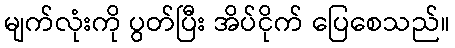
မျက်လုံးကို ပွတ်ပြီး အိပ်ငိုက် ပြေစေသည်။